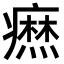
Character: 𤺣